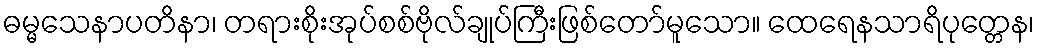
ဓမ္မသေနာပတိနာ၊ တရားစိုးအုပ်စစ်ဗိုလ်ချုပ်ကြီးဖြစ်တော်မူသော။ ထေရေနသာရိပုတ္တေန၊